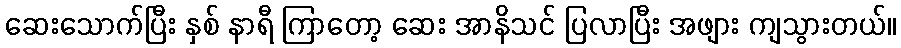
ဆေးသောက်ပြီး နှစ် နာရီ ကြာတော့ ဆေး အာနိသင် ပြလာပြီး အဖျား ကျသွားတယ်။